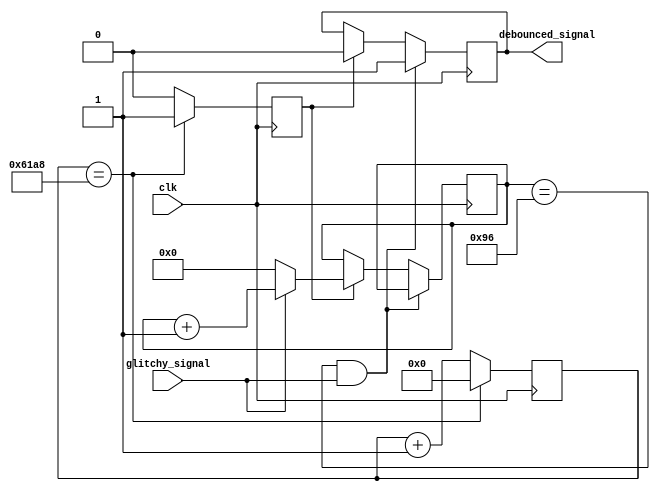
module debouncer #(
    parameter width = 1,
    parameter sample_count_max = 25000,
    parameter pulse_count_max = 150,
    parameter wrapping_counter_width = $clog2(sample_count_max),
    parameter saturating_counter_width = $clog2(pulse_count_max))
(
    input clk,
    input [width-1:0] glitchy_signal,
    output [width-1:0] debounced_signal
);
    // Create your debouncer circuit
    // The debouncer takes in a bus of 1-bit synchronized, but glitchy signals
    // and should output a bus of 1-bit signals that hold high when their respective counter saturates
    // Remove this line once you create your synchronizer
    // assign debounced_signal = 0;

    //Sample Pulse Generator block
    //Input:clk. Output: sample_pulse
    reg [wrapping_counter_width-1:0] sample_counter = 0;
    reg sample_pulse = 0;
    /* verilator lint_off WIDTH */
    wire [wrapping_counter_width-1:0] s_count_max = sample_count_max;
    /* lint_on */

    always @(posedge clk) begin
        if (sample_counter == s_count_max) begin
            sample_counter <= 0;
            sample_pulse <= 1;
        end
        else begin
            sample_counter <= sample_counter + 1;
            sample_pulse <= 0;
        end
    end
    
    reg [saturating_counter_width-1:0] s_counters [width-1:0];
    reg [width-1:0] switchOut = 'd0;
    integer k;
    initial begin
        for (k = 0; k < width; k = k + 1) begin
            s_counters[k] = 0;
        end
    end

    genvar i;
    generate
        for (i = 0; i < width; i = i + 1) begin:SATURATE_COUNTER
            always @(posedge clk) begin
                if (s_counters[i] == pulse_count_max && glitchy_signal[i] == 1)
                    switchOut[i] <= 1;
                else  begin
                    if (sample_pulse == 1) begin
                        if (glitchy_signal[i] == 1)
                            s_counters[i] <= s_counters[i] + 1;
                        else
                            s_counters[i] <= 0;
                            switchOut[i] <= 0;
                    end
                end
            end
        end
    endgenerate
    assign debounced_signal = switchOut;
endmodule